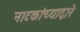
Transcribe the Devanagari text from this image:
नाटकांच्याद्वारे